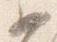
如